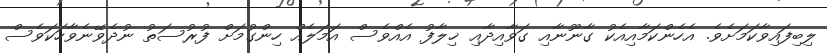
ލިބިފައިވާކަމަށެވެ. އެހެންކަމާއިއެކު ގާނޫނާއި ގަވާއިދާއި ޚިލާފު އެއްވެސް އަމަލެއް ހިންގުމަށް ފުރުސަތު ނުދެވޭނެވާހަކަވެސް